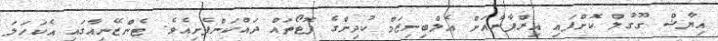
އިޔާޝް ގޫގުލް ކޮށްފައި އިރްފާންއަށް އެލްބިނިޒަމް ކުދިންގެ ފޮޓޯތައް ދައްކަންފެށިއެވެ. ޓެންޒޭނިއާގައި އެކަހަލަ